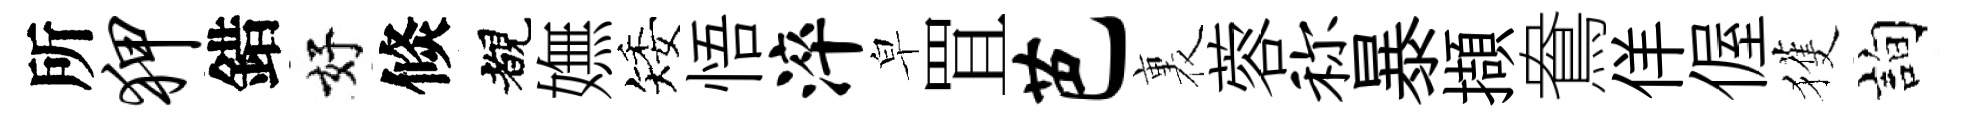
所狎錯好倐覩嫵矮悟淬皁罝芭裏蓉称暴擷鴦佯偓獲詢